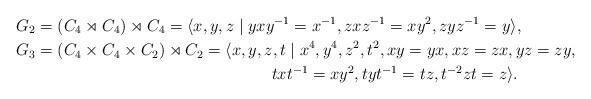
LaTeX: \begin{align*} G_2 &= (C_4 \rtimes C_4) \rtimes C_4 = \langle x,y,z \mid yxy^{-1}=x^{-1},zxz^{-1}=xy^2, zyz^{-1}=y\rangle,\\G_3 &= (C_4\times C_4\times C_2)\rtimes C_2 = \langle x,y,z,t \mid x^4, y^4,z^2,t^2, xy=yx, xz=zx, yz=zy, \\ & \hskip6cm txt^{-1}=xy^2, tyt^{-1}=tz, t^{-2}zt=z\rangle.\end{align*}